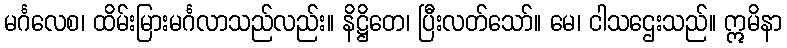
မင်္ဂလေစ၊ ထိမ်းမြားမင်္ဂလာသည်လည်း။ နိဋ္ဌိတေ၊ ပြီးလတ်သော်။ မေ၊ ငါသဌေးသည်။ ဣမိနာ